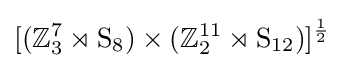
[(\mathbb {Z} _{3}^{7}\rtimes \mathrm {S} _{8})\times (\mathbb {Z} _{2}^{11}\rtimes \mathrm {S} _{12})]^{\frac {1}{2}}